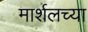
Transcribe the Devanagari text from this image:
मार्शलच्या